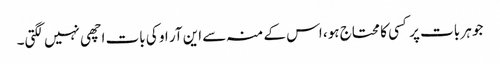
جو ہر بات پر کسی کا محتاج ہو، اس کے منہ سے این آر او کی بات اچھی نہیں لگتی۔